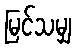
မြင်သမျှ